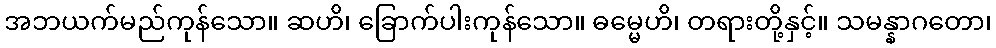
အဘယက်မည်ကုန်သော။ ဆဟိ၊ ခြောက်ပါးကုန်သော။ ဓမ္မေဟိ၊ တရားတို့နှင့်။ သမန္နာဂတော၊